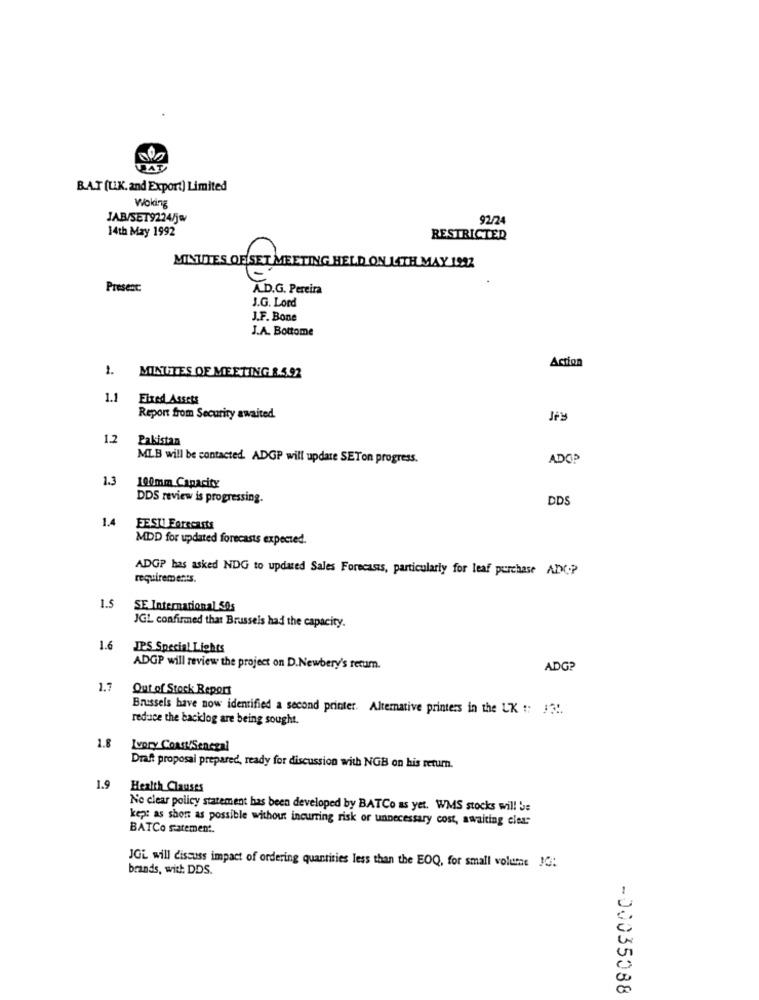
BAT
BAT (U.K. and Export) Limited
Woking
JAB/SET9224/je
92/2
14th May 1992
RESTRICTED
MINUTES OF SET MEETING HELD ON 14TH MAY 1922
E
Present
A.D.G. Pereira
J.G. Lord
J.F. Bone
J.A. Bottome
Action
1.
MINTHTES OF MEETING 8.5.92
1.1
Fixed Assets
Report from Security awaited.
1.2
Pakistan
MLB will be contacted. ADGP will update SETon progress.
ADOP
1.3
100mm Capacity
DDS review is progressing.
DDS
1.4
FESTI Forecasts
MDD for updated forecasts expected.
ADGP has asked NDG to updated Sales Forecasts, particularly for leaf purchase ADXCP
requirements.
I.S
SE International 50s
JGL confirmed that Brussels had the capacity.
1.6
IPS Special Lights
ADGP will review the project on D.Newbery's retum.
ADG?
1.7
Out of Stock Report
Brussels have now identified a second printer. Alternative printers in the UK :: 13 !.
reduce the backlog are being sought.
1.8
Ivory Coast/Senczal
Draft proposal prepared, ready for discussion with NGB on his return.
1.9
Health Clauses
No clear policy statement has been developed by BATCo as yet. WMS stocks will be
kep: as short as possible without incurring risk or unnecessary cost, awaiting clear
BATCo statement.
JGL will discuss impact of ordering quantities less than the EOQ, for small volume 1C:
brands, with DDS.
-00035088